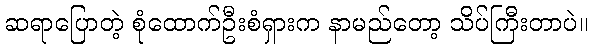
ဆရာပြောတဲ့ စုံထောက်ဦးစံရှားက နာမည်တော့ သိပ်ကြီးတာပဲ။